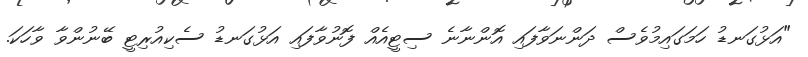
"އަޅުގަނޑު ހަމަގައިމުވެސް ދަންނަވާފައި އޮންނާނެ ސިޓީއެއް ފޮނުވާފައި އަޅުގަނޑު ސެކިއުރިޓީ ބޭނުންވާ ވާހަކަ.